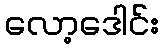
လော့ဒေါင်း